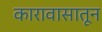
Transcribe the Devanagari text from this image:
कारावासातून